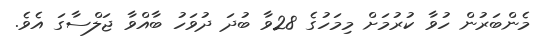
މެންބަރުން ހުވާ ކުރުމަށް މިމަހުގެ 28ވާ ބުދަ ދުވަހު ބާއްވާ ޖަލްސާގަ އެވެ.